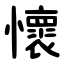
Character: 懷